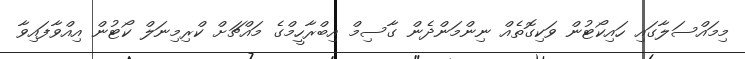
މިމައްސަލާގައި ހައިކޯޓުން ވަކިގޮތެއް ނިންމަންދެން ގާސިމް އިބްރާހީމްގެ މައްޗަށް ކްރިމިނަލް ކޯޓުން އިއްވާފައިވާ